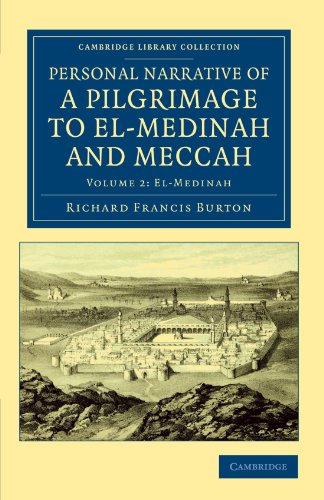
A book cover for Personal Narrative of a Pilgrimage to El-Medinah and Meccah (Cambridge Library Collection - Travel, Middle East and Asia Minor) (Volume 2); Richard Francis Burton; Religion & Spirituality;